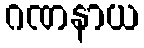
ဂဏနာယ